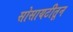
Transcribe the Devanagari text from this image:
सोसायटीतून